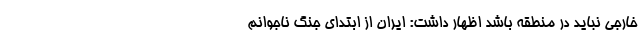
خارجی نباید در منطقه باشد اظهار داشت: ایران از ابتدای جنگ ناجوانم